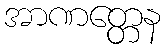
အာဏတ္တေန